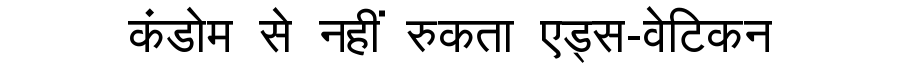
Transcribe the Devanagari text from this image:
कंडोम से नहीं रुकता एड्स-वेटिकन